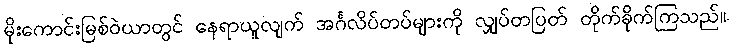
မိုးကောင်းမြစ်ဝဲယာတွင် နေရာယူလျက် အင်္ဂလိပ်တပ်များကို လျှပ်တပြတ် တိုက်ခိုက်ကြသည်။